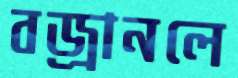
বজ্রানলে